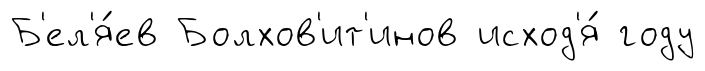
Б'ел'я́ев Болхов'ит'инов исход'я́ году